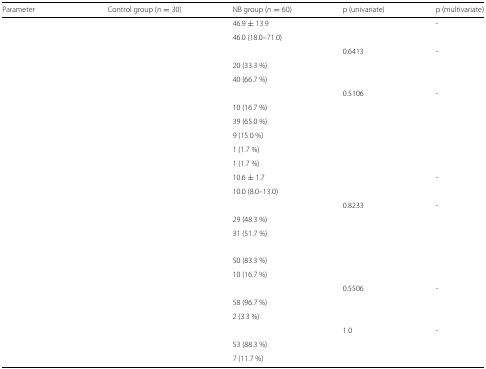
<table><thead><tr><td><b>Parameter</b></td><td><b>Control group (<i>n</i>=30)</b></td><td><b>NB group (<i>n</i>=60)</b></td><td><b>p (univariate)</b></td><td><b>p (multivariate)</b></td></tr></thead><tbody><tr><td>[EMPTY_CELL]</td><td>[EMPTY_CELL]</td><td>46.9 ± 13.9</td><td>[EMPTY_CELL]</td><td>-</td></tr><tr><td>[EMPTY_CELL]</td><td>[EMPTY_CELL]</td><td>46.0 (18.0–71.0)</td><td>[EMPTY_CELL]</td><td>[EMPTY_CELL]</td></tr><tr><td>[EMPTY_CELL]</td><td>[EMPTY_CELL]</td><td>[EMPTY_CELL]</td><td>0.6413</td><td>-</td></tr><tr><td>[EMPTY_CELL]</td><td>[EMPTY_CELL]</td><td>20 (33.3 %)</td><td>[EMPTY_CELL]</td><td>[EMPTY_CELL]</td></tr><tr><td>[EMPTY_CELL]</td><td>[EMPTY_CELL]</td><td>40 (66.7 %)</td><td>[EMPTY_CELL]</td><td>[EMPTY_CELL]</td></tr><tr><td>[EMPTY_CELL]</td><td>[EMPTY_CELL]</td><td>[EMPTY_CELL]</td><td>0.5106</td><td>-</td></tr><tr><td>[EMPTY_CELL]</td><td>[EMPTY_CELL]</td><td>10 (16.7 %)</td><td>[EMPTY_CELL]</td><td>[EMPTY_CELL]</td></tr><tr><td>[EMPTY_CELL]</td><td>[EMPTY_CELL]</td><td>39 (65.0 %)</td><td>[EMPTY_CELL]</td><td>[EMPTY_CELL]</td></tr><tr><td>[EMPTY_CELL]</td><td>[EMPTY_CELL]</td><td>9 (15.0 %)</td><td>[EMPTY_CELL]</td><td>[EMPTY_CELL]</td></tr><tr><td>[EMPTY_CELL]</td><td>[EMPTY_CELL]</td><td>1 (1.7 %)</td><td>[EMPTY_CELL]</td><td>[EMPTY_CELL]</td></tr><tr><td>[EMPTY_CELL]</td><td>[EMPTY_CELL]</td><td>1 (1.7 %)</td><td>[EMPTY_CELL]</td><td>[EMPTY_CELL]</td></tr><tr><td>[EMPTY_CELL]</td><td>[EMPTY_CELL]</td><td>10.6 ± 1.7</td><td>[EMPTY_CELL]</td><td>-</td></tr><tr><td>[EMPTY_CELL]</td><td>[EMPTY_CELL]</td><td>10.0 (8.0–13.0)</td><td>[EMPTY_CELL]</td><td>[EMPTY_CELL]</td></tr><tr><td>[EMPTY_CELL]</td><td>[EMPTY_CELL]</td><td>[EMPTY_CELL]</td><td>0.8233</td><td>-</td></tr><tr><td>[EMPTY_CELL]</td><td>[EMPTY_CELL]</td><td>29 (48.3 %)</td><td>[EMPTY_CELL]</td><td>[EMPTY_CELL]</td></tr><tr><td>[EMPTY_CELL]</td><td>[EMPTY_CELL]</td><td>31 (51.7 %)</td><td>[EMPTY_CELL]</td><td>[EMPTY_CELL]</td></tr><tr><td>[EMPTY_CELL]</td><td>[EMPTY_CELL]</td><td>[EMPTY_CELL]</td><td>[EMPTY_CELL]</td><td>[EMPTY_CELL]</td></tr><tr><td>[EMPTY_CELL]</td><td>[EMPTY_CELL]</td><td>50 (83.3 %)</td><td>[EMPTY_CELL]</td><td>[EMPTY_CELL]</td></tr><tr><td>[EMPTY_CELL]</td><td>[EMPTY_CELL]</td><td>10 (16.7 %)</td><td>[EMPTY_CELL]</td><td>[EMPTY_CELL]</td></tr><tr><td>[EMPTY_CELL]</td><td>[EMPTY_CELL]</td><td>[EMPTY_CELL]</td><td>0.5506</td><td>-</td></tr><tr><td>[EMPTY_CELL]</td><td>[EMPTY_CELL]</td><td>58 (96.7 %)</td><td>[EMPTY_CELL]</td><td>[EMPTY_CELL]</td></tr><tr><td>[EMPTY_CELL]</td><td>[EMPTY_CELL]</td><td>2 (3.3 %)</td><td>[EMPTY_CELL]</td><td>[EMPTY_CELL]</td></tr><tr><td>[EMPTY_CELL]</td><td>[EMPTY_CELL]</td><td>[EMPTY_CELL]</td><td>1.0</td><td>-</td></tr><tr><td>[EMPTY_CELL]</td><td>[EMPTY_CELL]</td><td>53 (88.3 %)</td><td>[EMPTY_CELL]</td><td>[EMPTY_CELL]</td></tr><tr><td>[EMPTY_CELL]</td><td>[EMPTY_CELL]</td><td>7 (11.7 %)</td><td>[EMPTY_CELL]</td><td>[EMPTY_CELL]</td></tr></tbody></table>